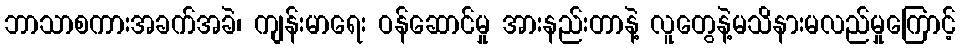
ဘာသာစကားအခက်အခဲ၊ ကျန်းမာရေး ဝန်ဆောင်မှု အားနည်းတာနဲ့ လူတွေနဲ့မသိနားမလည်မှုကြောင့်